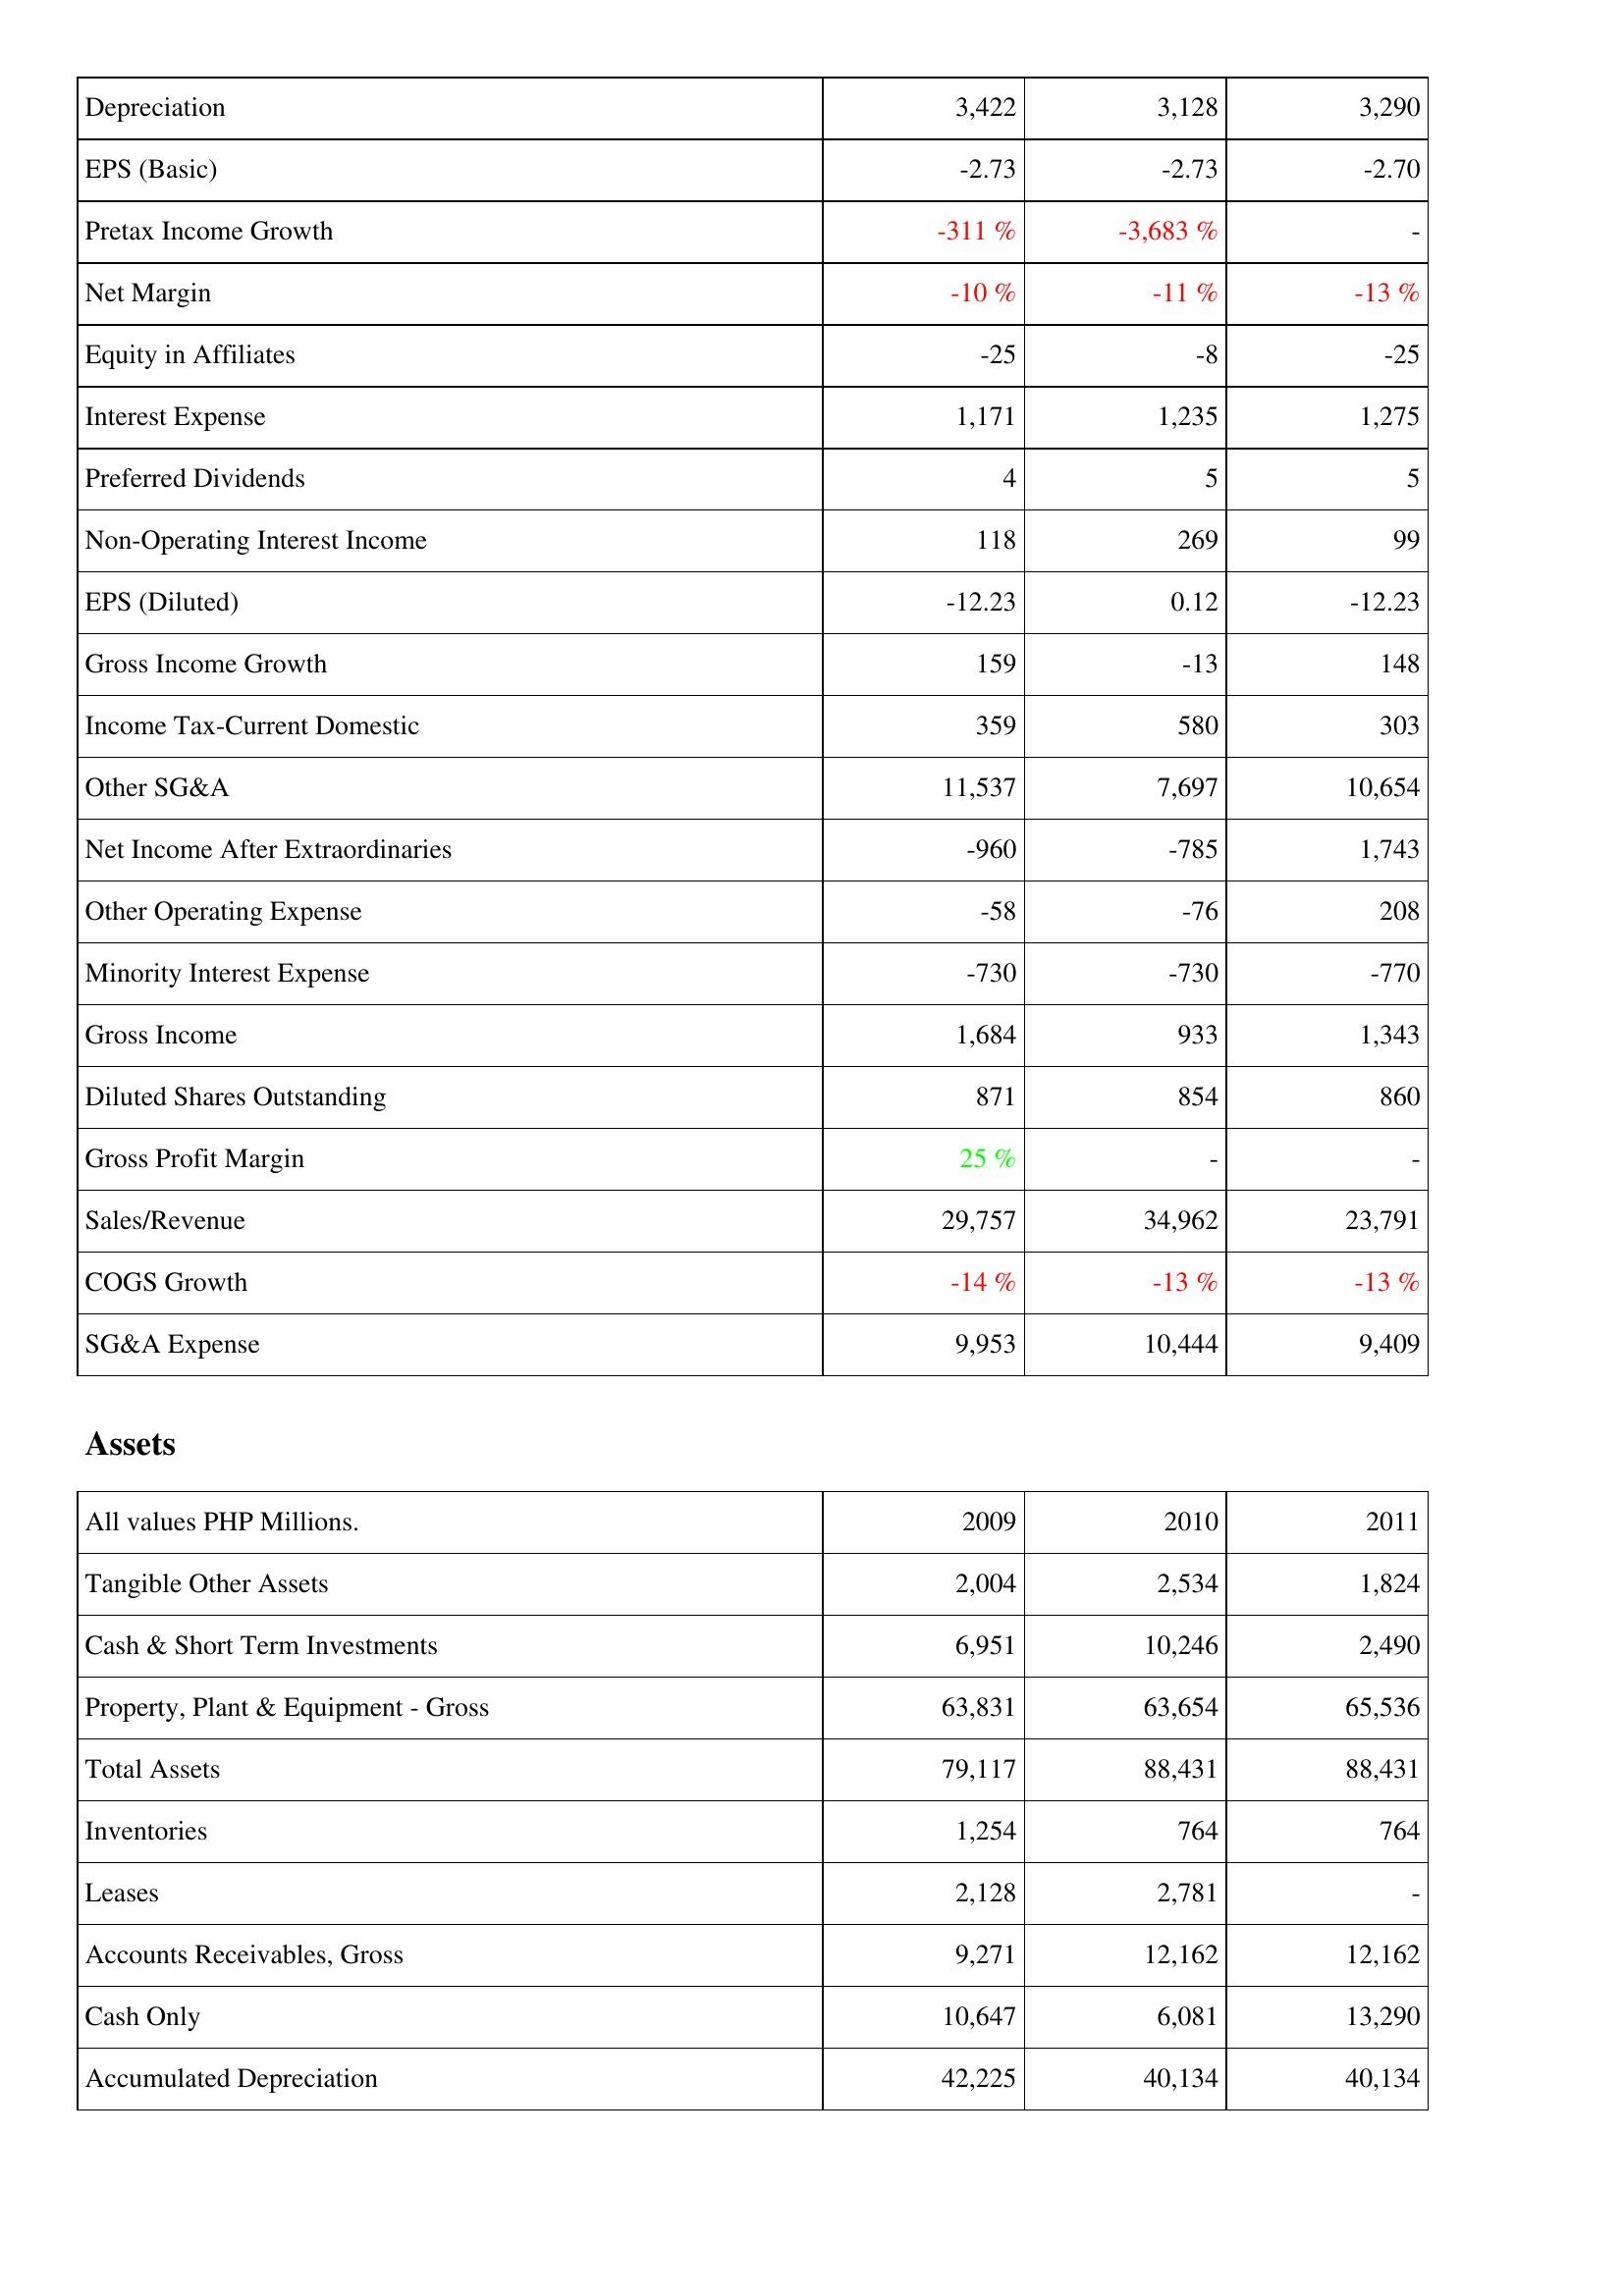
2009: Income Statement: Depreciation: 3,422
EPS (Basic): -2.73
Pretax Income Growth: -311 %
Net Margin: -10 %
Equity in Affiliates: -25
Interest Expense: 1,171
Preferred Dividends: 4
Non-Operating Interest Income: 118
EPS (Diluted): -12.23
Gross Income Growth: 159
Income Tax-Current Domestic: 359
Other SG&A: 11,537
Net Income After Extraordinaries: -960
Other Operating Expense: -58
Minority Interest Expense: -730
Gross Income: 1,684
Diluted Shares Outstanding: 871
Gross Profit Margin: 25 %
Sales/Revenue: 29,757
COGS Growth: -14 %
SG&A Expense: 9,953
Assets: Tangible Other Assets: 2,004
Cash & Short Term Investments: 6,951
Property, Plant & Equipment - Gross: 63,831
Total Assets: 79,117
Inventories: 1,254
Leases: 2,128
Accounts Receivables, Gross: 9,271
Cash Only: 10,647
Accumulated Depreciation: 42,225
2010: Income Statement: Depreciation: 3,128
EPS (Basic): -2.73
Pretax Income Growth: -3,683 %
Net Margin: -11 %
Equity in Affiliates: -8
Interest Expense: 1,235
Preferred Dividends: 5
Non-Operating Interest Income: 269
EPS (Diluted): 0.12
Gross Income Growth: -13
Income Tax-Current Domestic: 580
Other SG&A: 7,697
Net Income After Extraordinaries: -785
Other Operating Expense: -76
Minority Interest Expense: -730
Gross Income: 933
Diluted Shares Outstanding: 854
Gross Profit Margin: -
Sales/Revenue: 34,962
COGS Growth: -13 %
SG&A Expense: 10,444
Assets: Tangible Other Assets: 2,534
Cash & Short Term Investments: 10,246
Property, Plant & Equipment - Gross: 63,654
Total Assets: 88,431
Inventories: 764
Leases: 2,781
Accounts Receivables, Gross: 12,162
Cash Only: 6,081
Accumulated Depreciation: 40,134
2011: Income Statement: Depreciation: 3,290
EPS (Basic): -2.70
Pretax Income Growth: -
Net Margin: -13 %
Equity in Affiliates: -25
Interest Expense: 1,275
Preferred Dividends: 5
Non-Operating Interest Income: 99
EPS (Diluted): -12.23
Gross Income Growth: 148
Income Tax-Current Domestic: 303
Other SG&A: 10,654
Net Income After Extraordinaries: 1,743
Other Operating Expense: 208
Minority Interest Expense: -770
Gross Income: 1,343
Diluted Shares Outstanding: 860
Gross Profit Margin: -
Sales/Revenue: 23,791
COGS Growth: -13 %
SG&A Expense: 9,409
Assets: Tangible Other Assets: 1,824
Cash & Short Term Investments: 2,490
Property, Plant & Equipment - Gross: 65,536
Total Assets: 88,431
Inventories: 764
Leases: -
Accounts Receivables, Gross: 12,162
Cash Only: 13,290
Accumulated Depreciation: 40,134